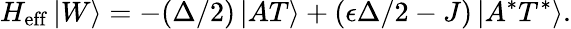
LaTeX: H_{\mathrm{eff}}\left|W\right\rangle=-(\Delta/2)\left|AT\right\rangle+(\epsilon\Delta/2-J)\left|A^{*}T^{*}\right\rangle.